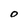
Character: O